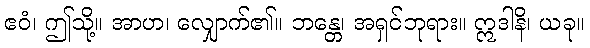
ဧဝံ၊ ဤသို့။ အာဟ၊ လျှောက်၏။ ဘန္တေ၊ အရှင်ဘုရား။ ဣဒါနိ၊ ယခု။